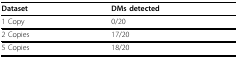
<table><thead><tr><td><b>Dataset</b></td><td><b>DMs detected</b></td></tr></thead><tbody><tr><td>1 Copy</td><td>0/20</td></tr><tr><td>2 Copies</td><td>17/20</td></tr><tr><td>5 Copies</td><td>18/20</td></tr></tbody></table>